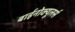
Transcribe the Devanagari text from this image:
बाईनोक्यूलर्स